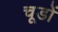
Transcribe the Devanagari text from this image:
चूडों